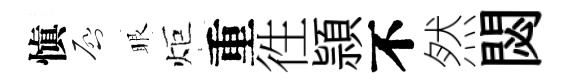
愼啓眼炬重徃頴不然閟